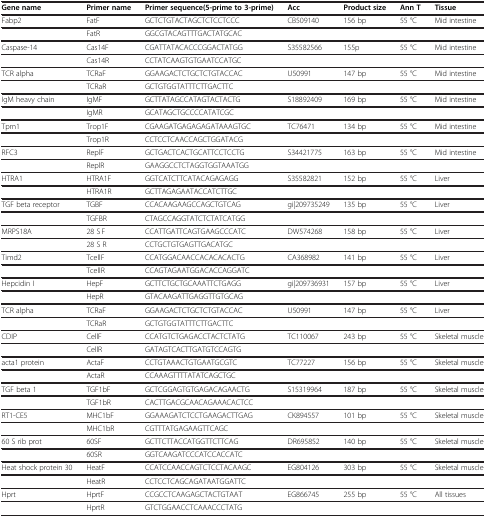
<table><thead><tr><td><b>Gene name</b></td><td><b>Primer name</b></td><td><b>Primer sequence(5-prime to 3-prime)</b></td><td><b>Acc</b></td><td><b>Product size</b></td><td><b>Ann T</b></td><td><b>Tissue</b></td></tr></thead><tbody><tr><td>Fabp2</td><td>FatF</td><td>GCTCTGTACTAGCTCTCCTCCC</td><td>CB509140</td><td>156 bp</td><td>55 °C</td><td>Mid intestine</td></tr><tr><td> </td><td>FatR</td><td>GGCGTACAGTTTGACTATGCAC</td><td> </td><td> </td><td> </td><td> </td></tr><tr><td>Caspase-14</td><td>Cas14F</td><td>CGATTATACACCCGGACTATGG</td><td>S35582566</td><td>155p</td><td>55 °C</td><td>Mid intestine</td></tr><tr><td> </td><td>Cas14R</td><td>CCTATCAAGTGTGAATCCATGC</td><td> </td><td> </td><td> </td><td> </td></tr><tr><td>TCR alpha</td><td>TCRaF</td><td>GGAAGACTCTGCTCTGTACCAC</td><td>U50991</td><td>147 bp</td><td>55 °C</td><td>Mid intestine</td></tr><tr><td> </td><td>TCRaR</td><td>GCTGTGGTATTTCTTGACTTC</td><td> </td><td> </td><td> </td><td> </td></tr><tr><td>IgM heavy chain</td><td>IgMF</td><td>GCTTATAGCCATAGTACTACTG</td><td>S18892409</td><td>169 bp</td><td>55 °C</td><td>Mid intestine</td></tr><tr><td> </td><td>IgMR</td><td>GCATAGCTGCCCCATATCGC</td><td> </td><td> </td><td> </td><td> </td></tr><tr><td>Tpm1</td><td>Trop1F</td><td>CGAAGATGAGAGAGATAAAGTGC</td><td>TC76471</td><td>134 bp</td><td>55 °C</td><td>Mid intestine</td></tr><tr><td> </td><td>Trop1R</td><td>CCTCCTCAACCAGCTGGATACG</td><td> </td><td> </td><td> </td><td> </td></tr><tr><td>RFC3</td><td>ReplF</td><td>GCTGACTCACTGCATTCCTCCTG</td><td>S34421775</td><td>163 bp</td><td>55 °C</td><td>Mid intestine</td></tr><tr><td> </td><td>ReplR</td><td>GAAGGCCTCTAGGTGGTAAATGG</td><td> </td><td> </td><td> </td><td> </td></tr><tr><td>HTRA1</td><td>HTRA1F</td><td>GGTCATCTTCATACAGAGAGG</td><td>S35582821</td><td>152 bp</td><td>55 °C</td><td>Liver</td></tr><tr><td> </td><td>HTRA1R</td><td>GCTTAGAGAATACCATCTTGC</td><td> </td><td> </td><td> </td><td> </td></tr><tr><td>TGF beta receptor</td><td>TGBF</td><td>CCACAAGAAGCCAGCTGTCAG</td><td>gi|209735249</td><td>135 bp</td><td>55 °C</td><td>Liver</td></tr><tr><td> </td><td>TGFBR</td><td>CTAGCCAGGTATCTCTATCATGG</td><td> </td><td> </td><td> </td><td> </td></tr><tr><td>MRPS18A</td><td>28 S F</td><td>CCATTGATTCAGTGAAGCCCATC</td><td>DW574268</td><td>158 bp</td><td>55 °C</td><td>Liver</td></tr><tr><td> </td><td>28 S R</td><td>CCTGCTGTGAGTTGACATGC</td><td> </td><td> </td><td> </td><td> </td></tr><tr><td>Timd2</td><td>TcellF</td><td>CCATGGACAACCACACACACTG</td><td>CA368982</td><td>141 bp</td><td>55 °C</td><td>Liver</td></tr><tr><td> </td><td>TcellR</td><td>CCAGTAGAATGGACACCAGGATC</td><td> </td><td> </td><td> </td><td> </td></tr><tr><td>Hepcidin I</td><td>HepF</td><td>GCTTCTGCTGCAAATTCTGAGG</td><td>gi|209736931</td><td>157 bp</td><td>55 °C</td><td>Liver</td></tr><tr><td> </td><td>HepR</td><td>GTACAAGATTGAGGTTGTGCAG</td><td> </td><td> </td><td> </td><td> </td></tr><tr><td>TCR alpha</td><td>TCRaF</td><td>GGAAGACTCTGCTCTGTACCAC</td><td>U50991</td><td>147 bp</td><td>55 °C</td><td>Liver</td></tr><tr><td> </td><td>TCRaR</td><td>GCTGTGGTATTTCTTGACTTC</td><td> </td><td> </td><td> </td><td> </td></tr><tr><td>CDIP</td><td>CellF</td><td>CCATGTCTGAGACCTACTCTATG</td><td>TC110067</td><td>243 bp</td><td>55 °C</td><td>Skeletal muscle</td></tr><tr><td> </td><td>CellR</td><td>GATAGTCACTTGATGTCCAGTG</td><td> </td><td> </td><td> </td><td> </td></tr><tr><td>acta1 protein</td><td>ActaF</td><td>CCTGTAAACTGTGAATGCGTC</td><td>TC77227</td><td>156 bp</td><td>55 °C</td><td>Skeletal muscle</td></tr><tr><td> </td><td>ActaR</td><td>CCAAAGTTTTATATCAGCTGC</td><td> </td><td> </td><td> </td><td> </td></tr><tr><td>TGF beta 1</td><td>TGF1bF</td><td>GCTCGGAGTGTGAGACAGAACTG</td><td>S15319964</td><td>187 bp</td><td>55 °C</td><td>Skeletal muscle</td></tr><tr><td> </td><td>TGF1bR</td><td>CACTTGACGCAACAGAAACACTCC</td><td> </td><td> </td><td> </td><td> </td></tr><tr><td>RT1-CE5</td><td>MHC1bF</td><td>GGAAAGATCTCCTGAAGACTTGAG</td><td>CK894557</td><td>101 bp</td><td>55 °C</td><td>Skeletal muscle</td></tr><tr><td> </td><td>MHC1bR</td><td>CGTTTATGAGAAGTTCAGC</td><td> </td><td> </td><td> </td><td> </td></tr><tr><td>60 S rib prot</td><td>60SF</td><td>GCTTCTTACCATGGTTCTTCAG</td><td>DR695852</td><td>140 bp</td><td>55 °C</td><td>Skeletal muscle</td></tr><tr><td> </td><td>60SR</td><td>GGTCAAGATCCCATCCACCATC</td><td> </td><td> </td><td> </td><td> </td></tr><tr><td>Heat shock protein 30</td><td>HeatF</td><td>CCATCCAACCAGTCTCCTACAAGC</td><td>EG804126</td><td>303 bp</td><td>55 °C</td><td>Skeletal muscle</td></tr><tr><td> </td><td>HeatR</td><td>CCTCCTCAGCAGATAATGGATTC</td><td> </td><td> </td><td> </td><td> </td></tr><tr><td>Hprt</td><td>HprtF</td><td>CCGCCTCAAGAGCTACTGTAAT</td><td>EG866745</td><td>255 bp</td><td>55 °C</td><td>All tissues</td></tr><tr><td> </td><td>HprtR</td><td>GTCTGGAACCTCAAACCCTATG</td><td> </td><td> </td><td> </td><td> </td></tr></tbody></table>